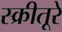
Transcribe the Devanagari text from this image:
स्क्रीतूरे